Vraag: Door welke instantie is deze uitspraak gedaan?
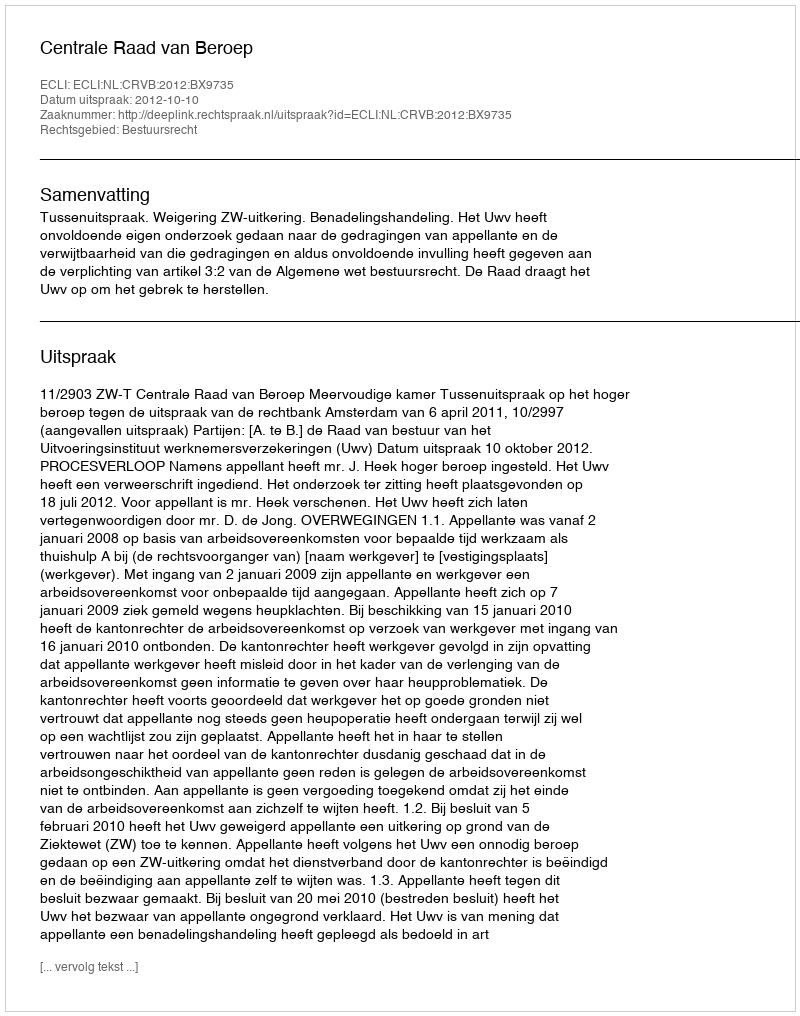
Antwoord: Centrale Raad van Beroep